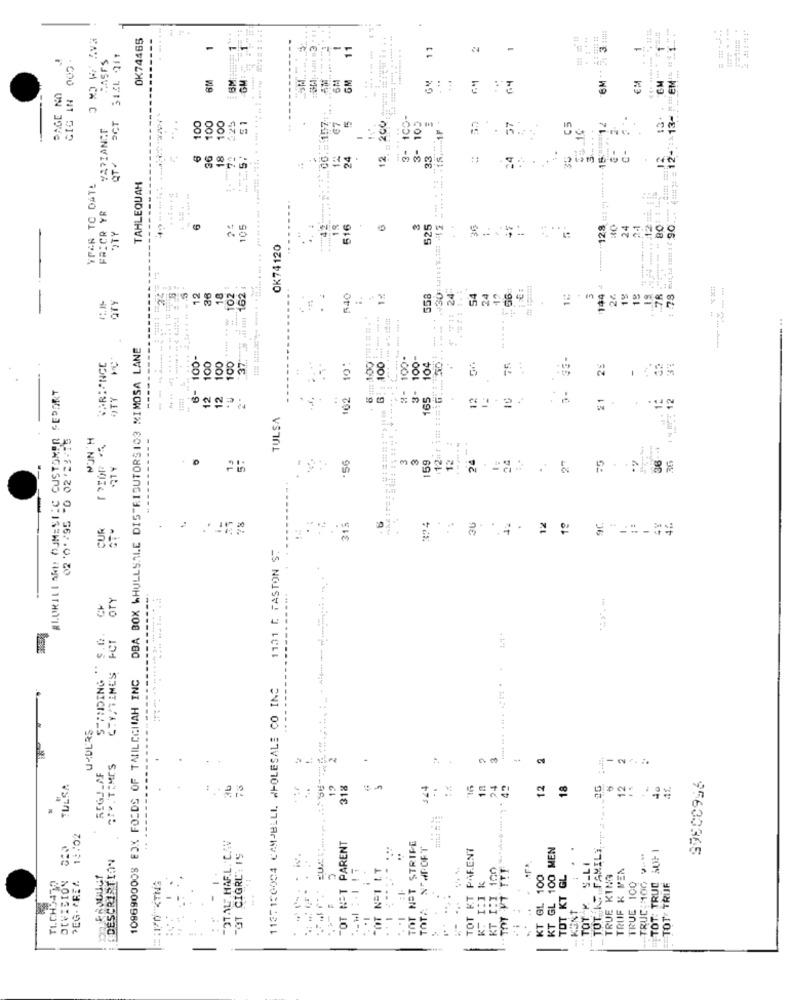
6M 7 3:
OK74465
11
11
GIG IN 005-
-
---
-
-
8M
GM
64
-13- *** E
PAGE NO
HAY I CH C
100
100
06 .: 157
VARIANCE
100
...... . ... .. ..... .. .. ........ ... . .....
... ....
3- 105
C5
16
128 :: ...... 1535 1/
13
36
18
12
24
33
QT +
........
VOAR TO DATE
TAHLEQUAH
-----
FRICR YR
105
18
616
3
525
36
24
12:
OK74 120
with jim 162
$ 711 24-
144 4
. .
540
558
54
24
5
24.
19
7R
-----
W
------.
-------
DBA BOX WHULLSALE DISTRIBUTORS103 MIMOSA LANE
100-
100
100
100
104
:12 1
VARIANCE
-------
100
33
8
1
#LORILLARD! KUMESTIC CUSTOMER SEPORT
.01
12
12
162
3-
65
..
..
21
TULSA
02 '0'95 -0 02 23-16
NUN'H
----------
'56
3
3
159
1
24
36
75
36
CUR
31.
34
42
12
1º
.
1131 [. FASTON ST
OTY
-----
---------------
VIDING " S.D.
----
2-V/ TIMES
1096900008 EJX FOLDS OF TAMILCGHAH INC
1137150004 CAMPELLI WHOLESALE CO INC
UNDERS
2
REGJ MF
TULSA
318
$24
16
24
42
12
18
===
TOT IF FAMILI. .....
13:02
TOTAL" HAR.L. C.WV
TOT NOT PARENT
..
TOT NOT STRIFE
NEWPORT
TOT KT PARENT
KT GL 100 MEN
TOT: TRUE 30F1
DESCRIPTION
OT CIGRL' IS
TOT K. S_LI
TRUC 100 V.M
"OT NOT LT
KT 1:1 100
TRUIF K PEN
I k
KT GL 100
TOT KT GL
TRUE KING
TICH5472
DIVISION
PEG- AREA
KT I:IK
TRUE 100
TOT TRUE
..
KENT
KT 1
-